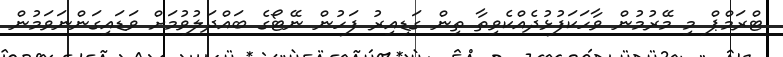
ޓްރަމްޕް މި މޭރުމުން ވާހަކަފުޅުދެއްކެވިތާ ތިން ގަޑިއިރު ފަހުން ނޭޓޯގެ ބައްދަލުވުމަށް ވަޑައިގަންނަވަމުން